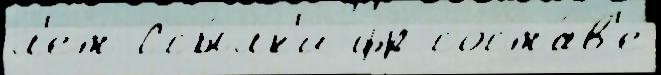
л'ет Ссы́лк'и фр соста́в'е